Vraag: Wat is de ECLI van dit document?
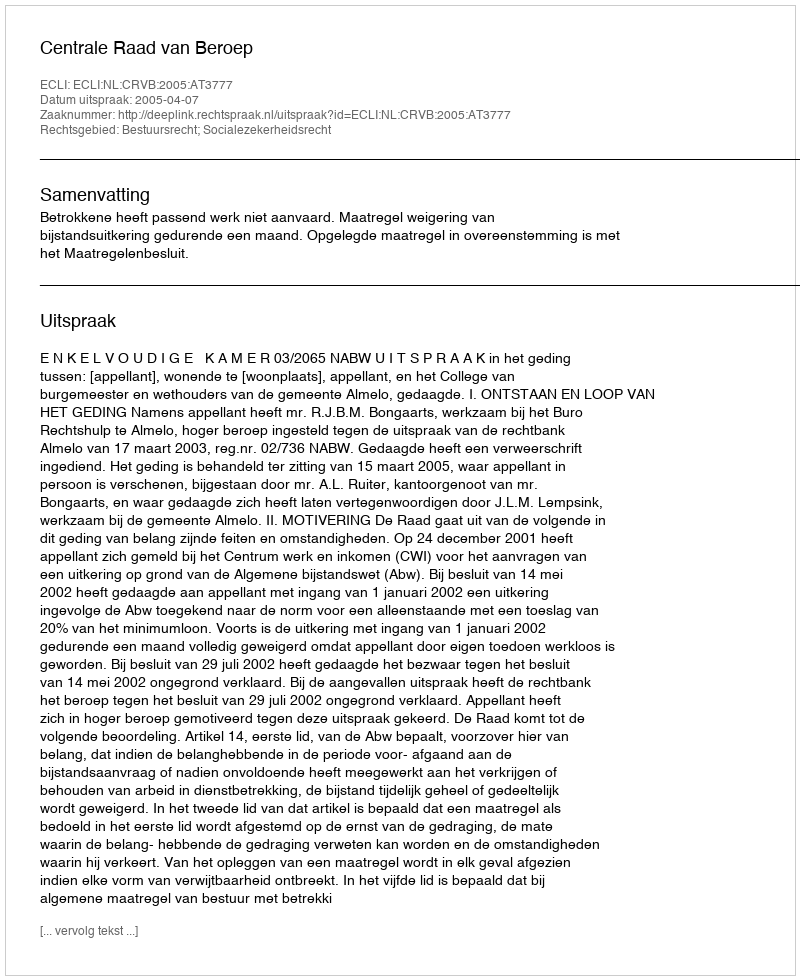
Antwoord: ECLI:NL:CRVB:2005:AT3777